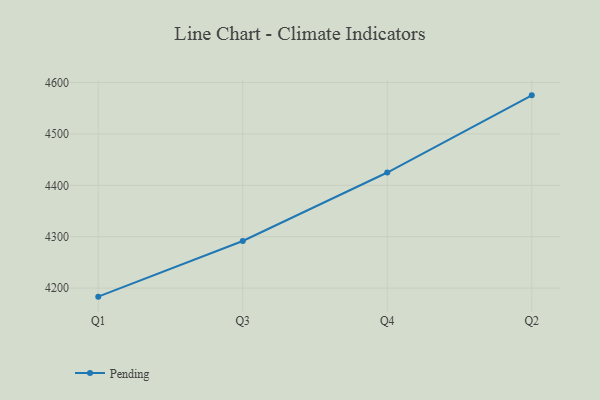
{"axis": {"x": "Quarter", "y": "Inventory Turnover"}, "legend": ["Pending"], "data": [{"x": "Q1", "y": 4183.4, "type": "Pending"}, {"x": "Q3", "y": 4291.7, "type": "Pending"}, {"x": "Q4", "y": 4424.9, "type": "Pending"}, {"x": "Q2", "y": 4575.0, "type": "Pending"}]}